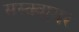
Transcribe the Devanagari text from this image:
सस्क्वायर